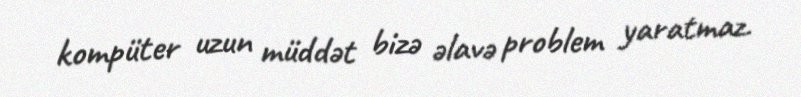
kompüter uzun müddət bizə əlavə problem yaratmaz.